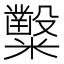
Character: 𥽦